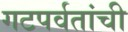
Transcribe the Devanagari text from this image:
गटपर्वतांची